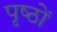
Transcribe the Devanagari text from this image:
पृष्‍ठों